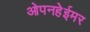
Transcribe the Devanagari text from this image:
ओपनहेईमर